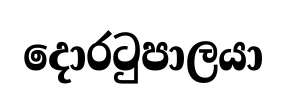
දොරටුපාලයා